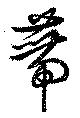
蔕